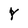
Character: Y